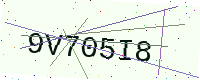
Text: 9V705I8